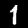
Label: 1